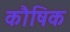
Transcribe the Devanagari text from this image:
कौषिक